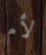
لأم